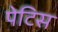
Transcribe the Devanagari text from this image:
पेटिस